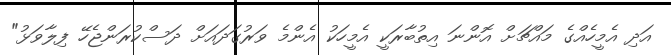
އަދި އެމީހެއްގެ މައްޗަށް އޮންނަ އިތުބާރަކީ އެމީހަކު އެންމެ ވަރުގަދައަށް ދަސްކުރަންޖެހޭ ފިލާވަޅު"